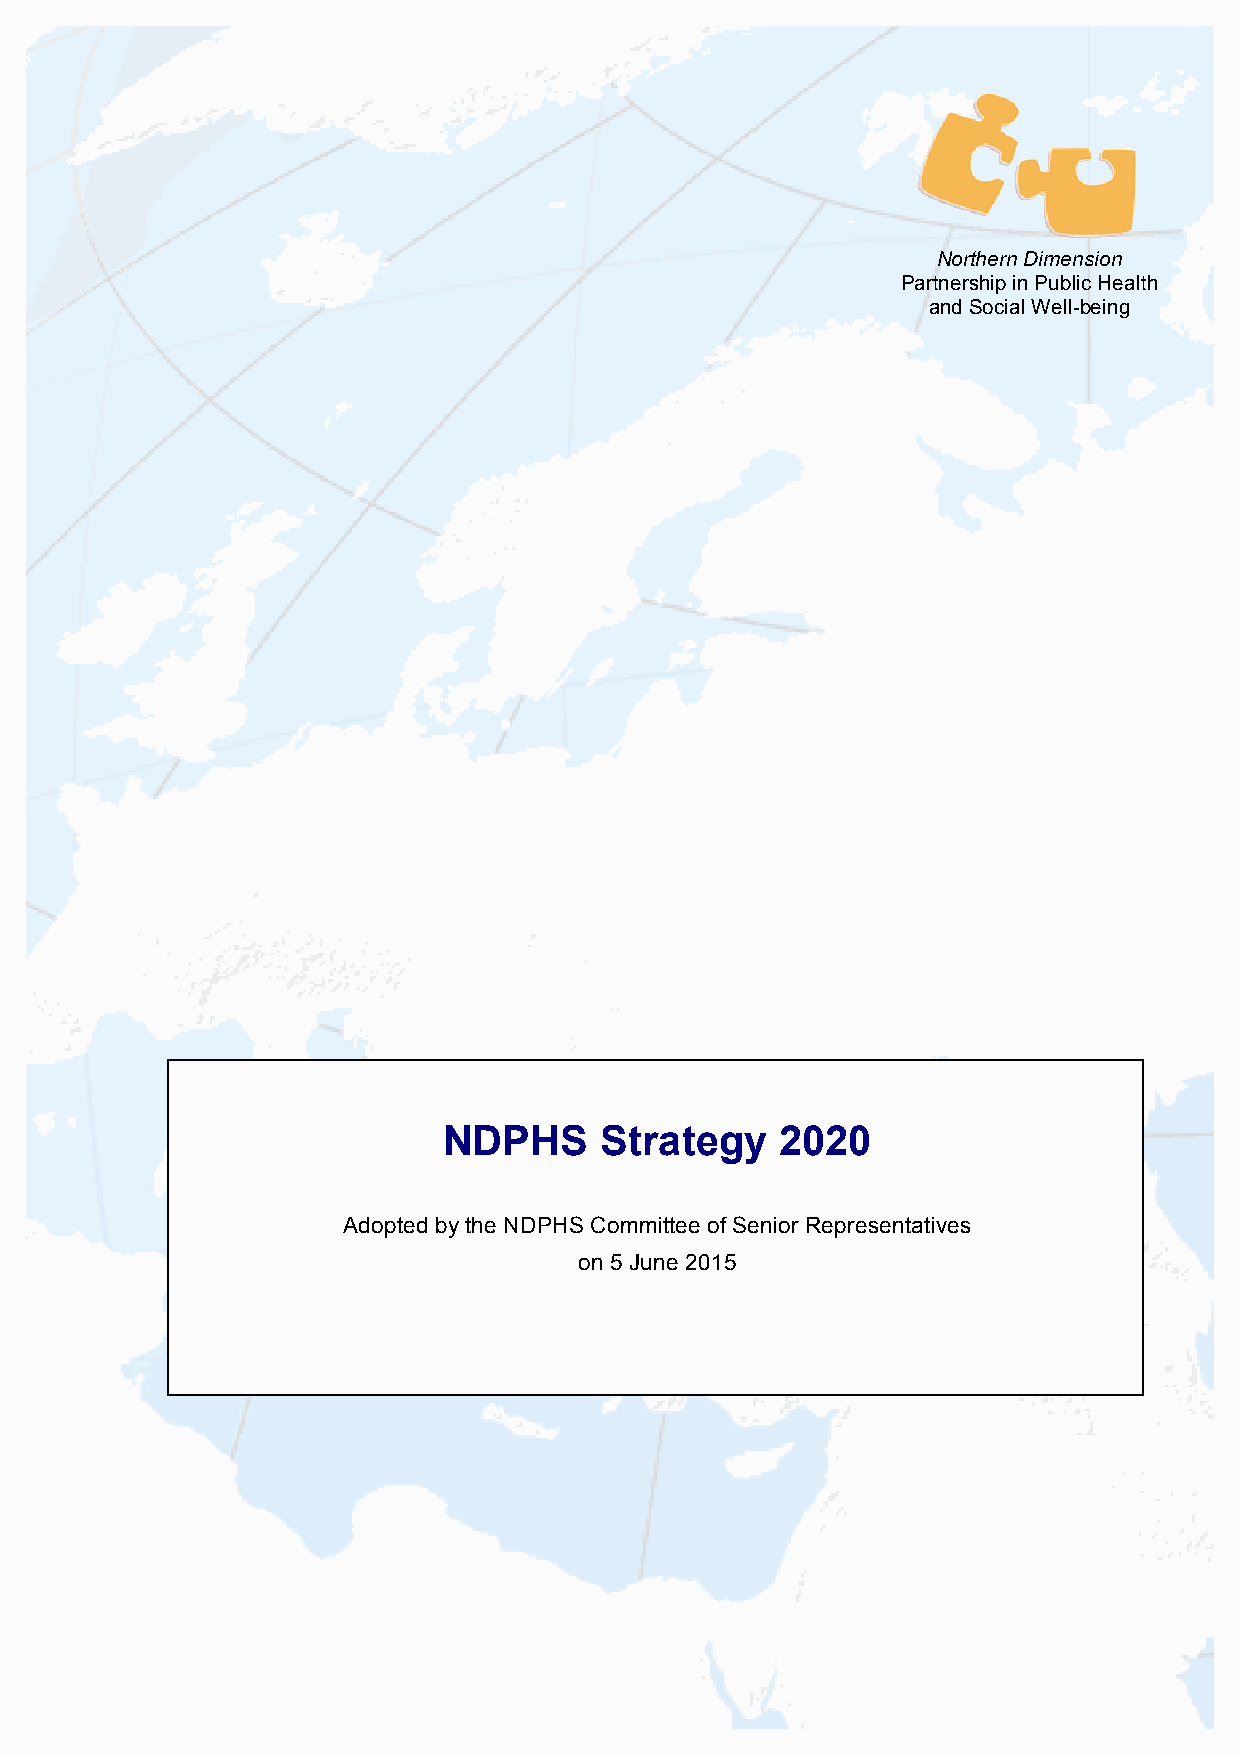
Northern Dimension
 Partnership in Public Health
 and Social Well-being
 NDPHS      Strategy    2020
 Adopted by the NDPHS Committee of Senior Representatives
 on 5 June 2015
 NDPHS_Strategy_2020.doc                                       1